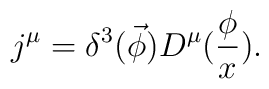
j^\mu =\delta ^3(\vec \phi )D^\mu (\frac \phi x).